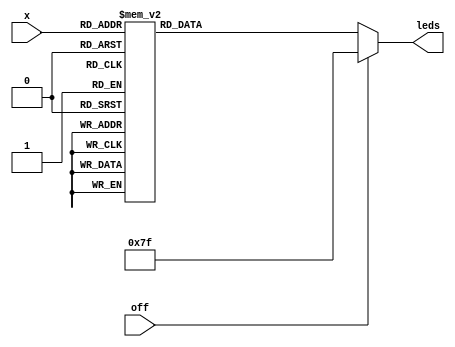
module SevenSeg (x, leds,off);
	input [3:0] x;
	input off;
	output reg [6:0] leds;

	always @(x,off)
	begin
		if(off)
			leds = 7'b1111111;
		else 
		begin
			case(x)
				0: leds <= 7'b1000000;
				1: leds <= 7'b1111001;
				2: leds <= 7'b0100100; 
				3: leds <= 7'b0110000;
				4: leds <= 7'b0011001;
				5: leds <= 7'b0010010;
				6: leds <= 7'b0000010;
				7: leds <= 7'b1111000;
				8: leds <= 7'b0000000;
				9: leds <= 7'b0010000;
//				default: leds<= 7'b1111111;
				
				///////HEX VALUES /////
			  10: leds <= 7'b0001000; //A
			  11: leds <= 7'b0000011; //B
			  12: leds <= 7'b1000110; //C
			  13: leds <= 7'b0100001; //D
			  14: leds <= 7'b0000110; //E			 
			  15: leds <= 7'b0001110; //F
			endcase 
		end
	end
		
endmodule